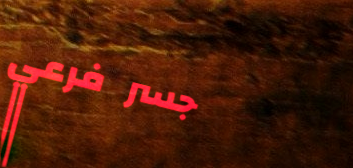
جسر فرعي